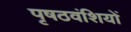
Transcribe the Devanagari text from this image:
पृषठवंशियों